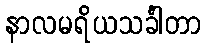
နာလမရိယသင်္ခါတာ